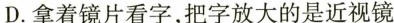
D.拿着镜片看字，把字放大的是近视镜